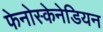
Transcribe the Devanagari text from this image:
फेनोस्केनेडियन